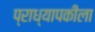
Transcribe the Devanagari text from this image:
प्राध्यापकीला